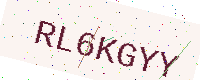
Text: RL6KGYY